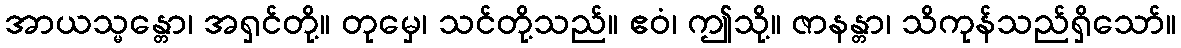
အာယသ္မန္တော၊ အရှင်တို့။ တုမှေ၊ သင်တို့သည်။ ဧဝံ၊ ဤသို့။ ဇာနန္တာ၊ သိကုန်သည်ရှိသော်။